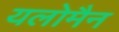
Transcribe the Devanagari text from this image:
यलोमैन